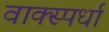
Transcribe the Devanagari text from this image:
वाक्स्पर्धा